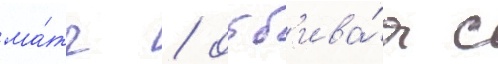
ма́тч / отб'ива́я с